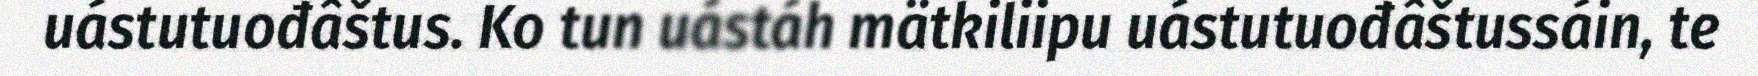
uástutuođâštus. Ko tun uástáh mätkiliipu uástutuođâštussáin, te